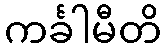
ကင်္ခါမီတိ